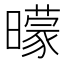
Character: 曚